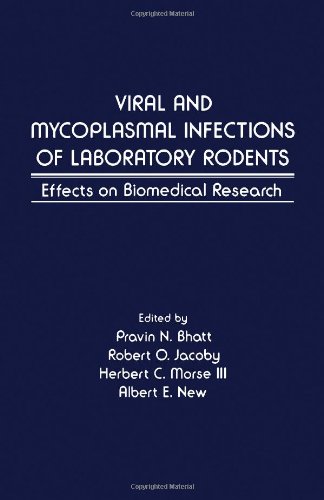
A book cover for Viral and Mycoplasmal Infections of Laboratory Rodents: Effects on Biomedical Research; Pravin N. Bhatt; Medical Books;